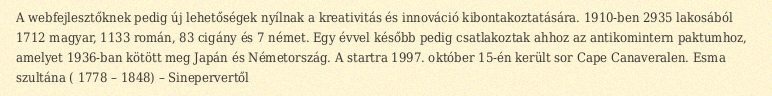
A webfejlesztőknek pedig új lehetőségek nyílnak a kreativitás és innováció kibontakoztatására. 1910-ben 2935 lakosából 1712 magyar, 1133 román, 83 cigány és 7 német. Egy évvel később pedig csatlakoztak ahhoz az antikomintern paktumhoz, amelyet 1936-ban kötött meg Japán és Németország. A startra 1997. október 15-én került sor Cape Canaveralen. Esma szultána ( 1778 – 1848) – Sinepervertől